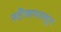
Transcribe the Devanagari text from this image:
स्टीलपासून